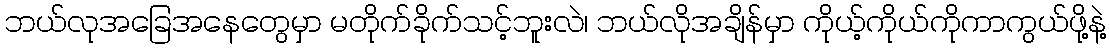
ဘယ်လုအခြေအနေတွေမှာ မတိုက်ခိုက်သင့်ဘူးလဲ၊ ဘယ်လိုအချိန်မှာ ကိုယ့်ကိုယ်ကိုကာကွယ်ဖို့နဲ့